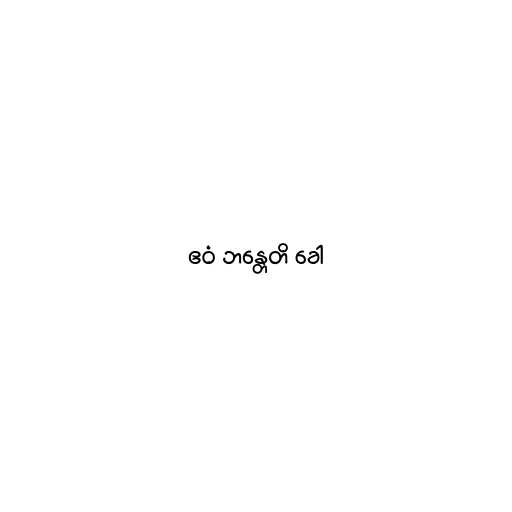
ဧဝံ ဘန္တေတိ ခေါ